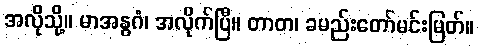
အလိုသို့။ မာအနွဂံ၊ အလိုက်ပြီ။ တာတ၊ ခမည်းတော်မင်းမြတ်။